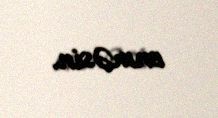
enməsin.